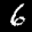
Label: 6